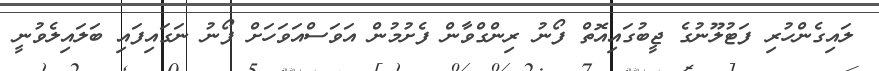
ލައިގެންހުރި ފަޓުލޫނުގެ ޖީބުގައިއޮތް ފޯނު ރިންގްވާން ފެށުމުން އަވަސްއަވަހަށް ފޯނު ނަގައިފައި ބަލައިލެވުނީ